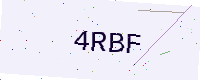
Text: 4RBF